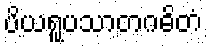
ပိယရူပသာတဂဓိတံ